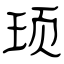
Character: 顼